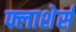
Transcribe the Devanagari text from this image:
फ्लाशेर्स